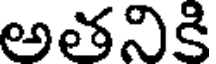
అతనికి